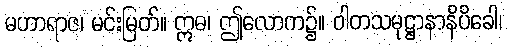
မဟာရာဇ၊ မင်းမြတ်။ ဣဓ၊ ဤလောက၌။ ဝါတသမုဋ္ဌာနာနိပိခေါ၊